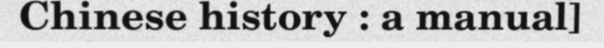
Chinese history : a manual]